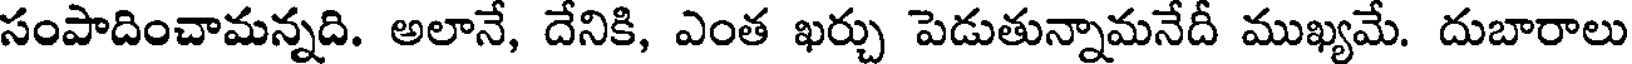
సంపాదించామన్నది. అలానే, దేనికి, ఎంత ఖర్చు పెడుతున్నామనేదీ ముఖ్యమే. దుబారాలు